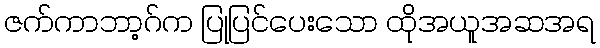
ဇက်ကာဘာ့ဂ်က ပြုပြင်ပေးသော ထိုအယူအဆအရ